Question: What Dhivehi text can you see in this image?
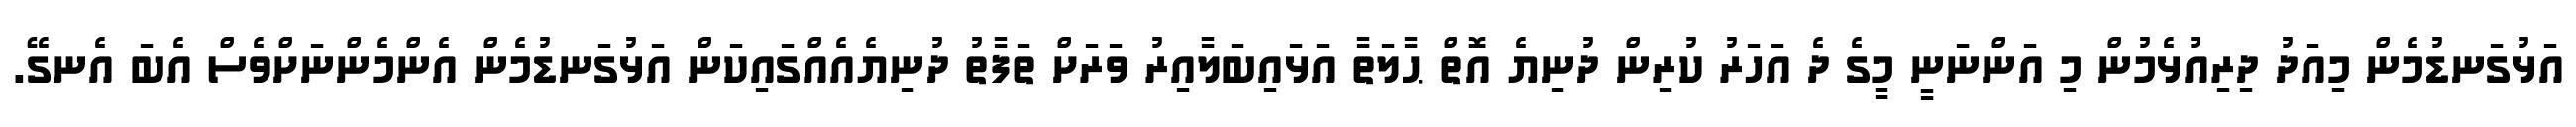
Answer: އަޅުގަނޑުމެން މިއަދު ދިރިއުޅެމުން މި އަންނަނީ މީގެ ދެ އަހަރު ކުރިން ދުނިޔެ އޮތް ޙާލަތާ އަޅައިބަލާއިރު ވަރަށް ތަފާތު ދުނިޔެއެއްގައިކަން އަޅުގަނޑުމެން އެންމެންނަށްވެސް އެބަ އެނގޭ.